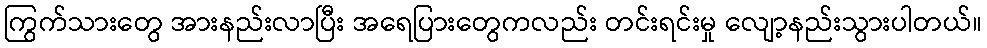
ကြွက်သားတွေ အားနည်းလာပြီး အရေပြားတွေကလည်း တင်းရင်းမှု လျော့နည်းသွားပါတယ်။